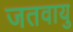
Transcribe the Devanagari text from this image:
जतवायु